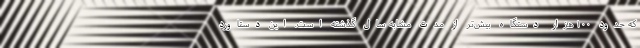
که حدود ۱۰۰ هزار دستگاه بیش‌تر از مدت مشابه سال گذشته است. این دستاورد